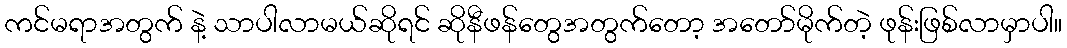
ကင်မရာအတွက် နဲ့ သာပါလာမယ်ဆိုရင် ဆိုနီဖန်တွေအတွက်တော့ အတော်မိုက်တဲ့ ဖုန်းဖြစ်လာမှာပါ။